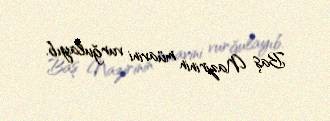
Baş Nazirinin müavini vurğulayıb.